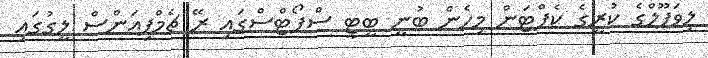
ލިވަޕޫލްގެ ކުރީގެ ކެޕްޓަން މިހެން ބުނީ ބީޓީ ސްޕޯޓްސްގައި ރޭ ޗެމްޕިއަންސް ލީގުގައި